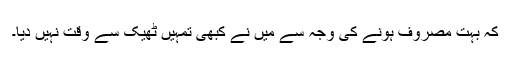
کہ بہت مصروف ہونے کی وجہ سے میں نے کبھی تمہیں ٹھیک سے وقت نہیں دیا۔